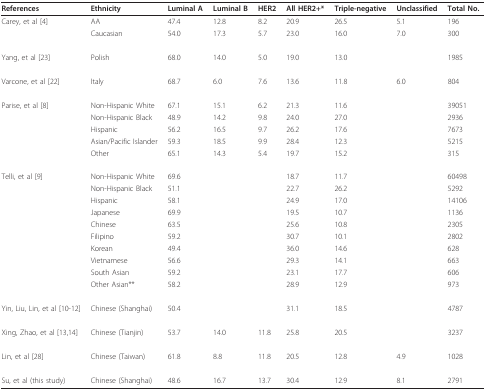
<table><thead><tr><td><b>References</b></td><td><b>Ethnicity</b></td><td><b>Luminal A</b></td><td><b>Luminal B</b></td><td><b>HER2</b></td><td><b>All HER2+*</b></td><td><b>Triple-negative</b></td><td><b>Unclassified</b></td><td><b>Total No.</b></td></tr></thead><tbody><tr><td>Carey, et al [4]</td><td>AA</td><td>47.4</td><td>12.8</td><td>8.2</td><td>20.9</td><td>26.5</td><td>5.1</td><td>196</td></tr><tr><td>[EMPTY_CELL]</td><td>Caucasian</td><td>54.0</td><td>17.3</td><td>5.7</td><td>23.0</td><td>16.0</td><td>7.0</td><td>300</td></tr><tr><td>Yang, et al [23]</td><td>Polish</td><td>68.0</td><td>14.0</td><td>5.0</td><td>19.0</td><td>13.0</td><td>[EMPTY_CELL]</td><td>1985</td></tr><tr><td>Varcone, et al [22]</td><td>Italy</td><td>68.7</td><td>6.0</td><td>7.6</td><td>13.6</td><td>11.8</td><td>6.0</td><td>804</td></tr><tr><td>Parise, et al [8]</td><td>Non-Hispanic White</td><td>67.1</td><td>15.1</td><td>6.2</td><td>21.3</td><td>11.6</td><td>[EMPTY_CELL]</td><td>39051</td></tr><tr><td>[EMPTY_CELL]</td><td>Non-Hispanic Black</td><td>48.9</td><td>14.2</td><td>9.8</td><td>24.0</td><td>27.0</td><td>[EMPTY_CELL]</td><td>2936</td></tr><tr><td>[EMPTY_CELL]</td><td>Hispanic</td><td>56.2</td><td>16.5</td><td>9.7</td><td>26.2</td><td>17.6</td><td>[EMPTY_CELL]</td><td>7673</td></tr><tr><td>[EMPTY_CELL]</td><td>Asian/Pacific Islander</td><td>59.3</td><td>18.5</td><td>9.9</td><td>28.4</td><td>12.3</td><td>[EMPTY_CELL]</td><td>5215</td></tr><tr><td>[EMPTY_CELL]</td><td>Other</td><td>65.1</td><td>14.3</td><td>5.4</td><td>19.7</td><td>15.2</td><td>[EMPTY_CELL]</td><td>315</td></tr><tr><td>Telli, et al [9]</td><td>Non-Hispanic White</td><td>69.6</td><td>[EMPTY_CELL]</td><td>[EMPTY_CELL]</td><td>18.7</td><td>11.7</td><td>[EMPTY_CELL]</td><td>60498</td></tr><tr><td>[EMPTY_CELL]</td><td>Non-Hispanic Black</td><td>51.1</td><td>[EMPTY_CELL]</td><td>[EMPTY_CELL]</td><td>22.7</td><td>26.2</td><td>[EMPTY_CELL]</td><td>5292</td></tr><tr><td>[EMPTY_CELL]</td><td>Hispanic</td><td>58.1</td><td>[EMPTY_CELL]</td><td>[EMPTY_CELL]</td><td>24.9</td><td>17.0</td><td>[EMPTY_CELL]</td><td>14106</td></tr><tr><td>[EMPTY_CELL]</td><td>Japanese</td><td>69.9</td><td>[EMPTY_CELL]</td><td>[EMPTY_CELL]</td><td>19.5</td><td>10.7</td><td>[EMPTY_CELL]</td><td>1136</td></tr><tr><td>[EMPTY_CELL]</td><td>Chinese</td><td>63.5</td><td>[EMPTY_CELL]</td><td>[EMPTY_CELL]</td><td>25.6</td><td>10.8</td><td>[EMPTY_CELL]</td><td>2305</td></tr><tr><td>[EMPTY_CELL]</td><td>Filipino</td><td>59.2</td><td>[EMPTY_CELL]</td><td>[EMPTY_CELL]</td><td>30.7</td><td>10.1</td><td>[EMPTY_CELL]</td><td>2802</td></tr><tr><td>[EMPTY_CELL]</td><td>Korean</td><td>49.4</td><td>[EMPTY_CELL]</td><td>[EMPTY_CELL]</td><td>36.0</td><td>14.6</td><td>[EMPTY_CELL]</td><td>628</td></tr><tr><td>[EMPTY_CELL]</td><td>Vietnamese</td><td>56.6</td><td>[EMPTY_CELL]</td><td>[EMPTY_CELL]</td><td>29.3</td><td>14.1</td><td>[EMPTY_CELL]</td><td>663</td></tr><tr><td>[EMPTY_CELL]</td><td>South Asian</td><td>59.2</td><td>[EMPTY_CELL]</td><td>[EMPTY_CELL]</td><td>23.1</td><td>17.7</td><td>[EMPTY_CELL]</td><td>606</td></tr><tr><td>[EMPTY_CELL]</td><td>Other Asian**</td><td>58.2</td><td>[EMPTY_CELL]</td><td>[EMPTY_CELL]</td><td>28.9</td><td>12.9</td><td>[EMPTY_CELL]</td><td>973</td></tr><tr><td>Yin, Liu, Lin, et al [10-12]</td><td>Chinese (Shanghai)</td><td>50.4</td><td>[EMPTY_CELL]</td><td>[EMPTY_CELL]</td><td>31.1</td><td>18.5</td><td>[EMPTY_CELL]</td><td>4787</td></tr><tr><td>Xing, Zhao, et al [13,14]</td><td>Chinese (Tianjin)</td><td>53.7</td><td>14.0</td><td>11.8</td><td>25.8</td><td>20.5</td><td>[EMPTY_CELL]</td><td>3237</td></tr><tr><td>Lin, et al [28]</td><td>Chinese (Taiwan)</td><td>61.8</td><td>8.8</td><td>11.8</td><td>20.5</td><td>12.8</td><td>4.9</td><td>1028</td></tr><tr><td>Su, et al (this study)</td><td>Chinese (Shanghai)</td><td>48.6</td><td>16.7</td><td>13.7</td><td>30.4</td><td>12.9</td><td>8.1</td><td>2791</td></tr></tbody></table>